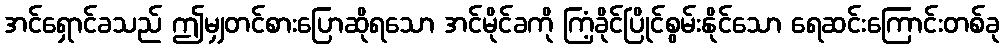
အင်ရှောင်ခသည် ဤမျှတင်စားပြောဆိုရသော အင်မိုင်ခကို ကြံ့ခိုင်ပြိုင်စွမ်းနိုင်သော ရေဆင်းကြောင်းတစ်ခု